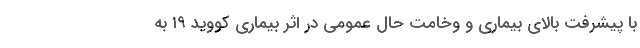
با پیشرفت بالای بیماری و وخامت حال عمومی در اثر بیماری کووید ۱۹ به